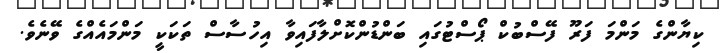
ކިޔާންގެ މަންމަ ފަރޫ ފޭސްބުކް ޕޯސްޓުގައި ބަންޑުންކޮށްލާފައިވާ އިހުސާސް ތަކަކީ މަންމައެއްގެ ވޭނެވެ.